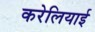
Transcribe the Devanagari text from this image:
करेलियाई